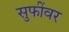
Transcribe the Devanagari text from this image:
सुफींवर